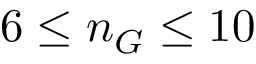
6 \le n _ { G } \le 1 0